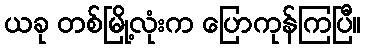
ယခု တစ်မြို့လုံးက ပြောကုန်ကြပြီ။